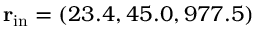
{ \bf r } _ { \mathrm { i n } } = ( 2 3 . 4 , 4 5 . 0 , 9 7 7 . 5 )